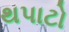
થપાટો